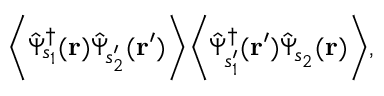
\biggl \langle \hat { \Psi } _ { s _ { 1 } } ^ { \dagger } ( \mathbf { r } ) \hat { \Psi } _ { s _ { 2 } ^ { \prime } } ( \mathbf { r ^ { \prime } } ) \biggr \rangle \biggl \langle \hat { \Psi } _ { s _ { 1 } ^ { \prime } } ^ { \dagger } ( \mathbf { r ^ { \prime } } ) \hat { \Psi } _ { s _ { 2 } } ( \mathbf { r } ) \biggr \rangle ,